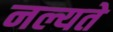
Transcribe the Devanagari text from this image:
नल्यते